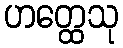
ဟတ္ထေသု